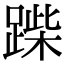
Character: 䠕